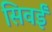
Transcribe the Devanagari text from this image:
सिवईं